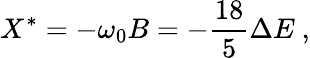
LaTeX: X^{*}=-\omega_{0}B=-\frac{18}{5}\Delta E\ ,